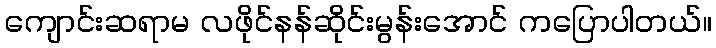
ကျောင်းဆရာမ လဖိုင်နန်ဆိုင်းမွန်းအောင် ကပြောပါတယ်။